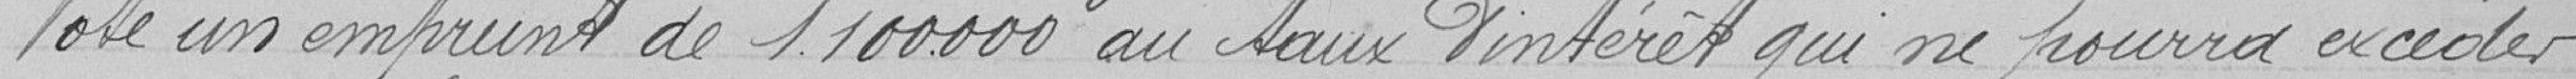
Vote un emprunt de 1.100.000 au taux d'intérêt qui ne pourra excéder